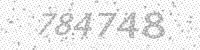
Solution: 784748